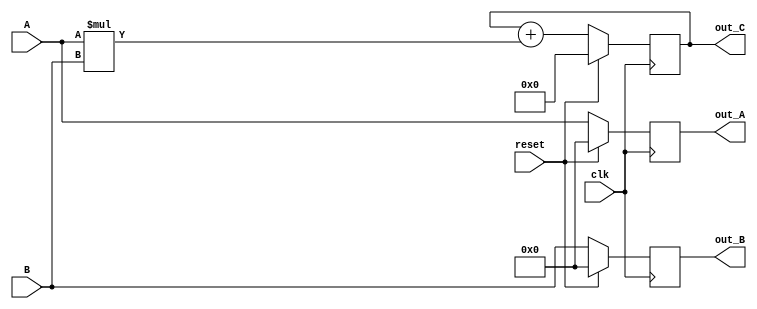
`define matrix_size 32
`define result_length 21
`define input_length 8
`timescale 1 ns / 100 ps
module PE
#(
	parameter N = `matrix_size,
	parameter Result = `result_length,
	parameter IP= `input_length
)
(
	input			clk,
	input			reset,
	input	signed	[IP-1:0]	A,
	input	signed	[IP-1:0]	B,
	output  reg	signed  [IP-1:0] out_A,
	output  reg	signed  [IP-1:0] out_B,
	output  reg	signed  [Result-1:0] out_C
);
always @(posedge clk)begin
    if(reset) begin
      out_A=0;
      out_B=0;
      out_C=0;
    end
    else begin  
      out_C=out_C+A*B;
      out_A=A;
      out_B=B;
    end
 end
 
endmodule

module PERow
#(
	parameter N = `matrix_size,
	parameter Result = `result_length,
	parameter IP= `input_length
)
(
	input			clk,
	input			reset,
	input	signed	[IP*N-1:0]	row_in,
	input	signed	[IP-1:0]		col_A_in,
	output 	signed  [IP*N-1:0] 	row_B_out,
	output 	signed  [Result*N-1:0] 	row_out
);
wire [IP*(N+1)-1:0] interconn;
assign interconn[IP-1:0] = col_A_in;

genvar i;
generate
	for (i = 0; i < N; i = i + 1) 
		begin:  PE_Row
		PE pe(clk, 
		reset, 
		interconn[IP*i+IP-1:IP*i], 
		row_in[IP*(i+1)-1:IP*i], 
		interconn[IP*(i+1)+IP-1:IP*(i+1)], 
		row_B_out[IP*i+IP-1:IP*i], 
		row_out[Result*(i+1)-1:Result*i]);
		end
endgenerate
endmodule

module SystolicArray
#(
	parameter N = `matrix_size,
	parameter Result = `result_length
)
(
	input			clk,
	input			reset,
	input	signed	[8*N-1:0]	col_in,
	input	signed	[8*N-1:0]	row_in,
	output 	signed  [Result*N*N-1:0] 	out
);
wire [8*N*(N+1)-1:0] interconn;
assign interconn[8*N-1:0] = row_in;

genvar i;
generate
	for (i = 0; i < N; i = i + 1) 
		begin:  systolic_array
		PERow row(clk,
		 reset, 
		 interconn[8*N*(i+1)-1:8*N*i],
		 col_in[8*i+7:8*i],
		 interconn[8*N*(i+2)-1:8*N*(i+1)], 
		 out[Result*N*(i+1)-1:Result*N*i]);
		end
endgenerate
endmodule